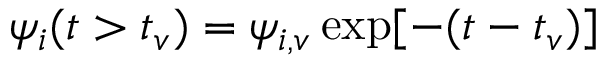
\begin{array} { r } { \psi _ { i } ( t > t _ { v } ) = \psi _ { i , v } \exp [ - ( t - t _ { v } ) ] } \end{array}